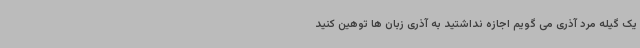
یک گیله مرد آذری می گویم اجازه نداشتید به آذری زبان ها توهین کنید